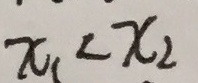
x _ { 1 } < x _ { 2 }